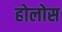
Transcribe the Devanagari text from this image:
होलोस